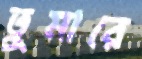
তুমারে